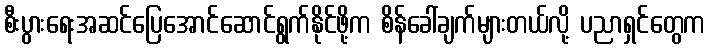
စီးပွားရေးအဆင်ပြေအောင်ဆောင်ရွက်နိုင်ဖို့က စိန်ခေါ်ချက်များတယ်လို့ ပညာရှင်တွေက